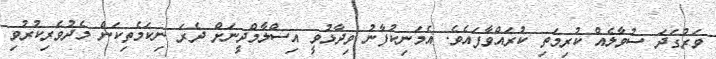
ވަރުގަދަ ސުވާލެއް ކުރިމަތި ކުރައްވާފައެވެ. އެމަނިކުފާނު ވިދާޅުވީ އިސްލާމްދީނަށް ދެރަ ނިކަމެތިކަން މެދުވެރިކުރުވި